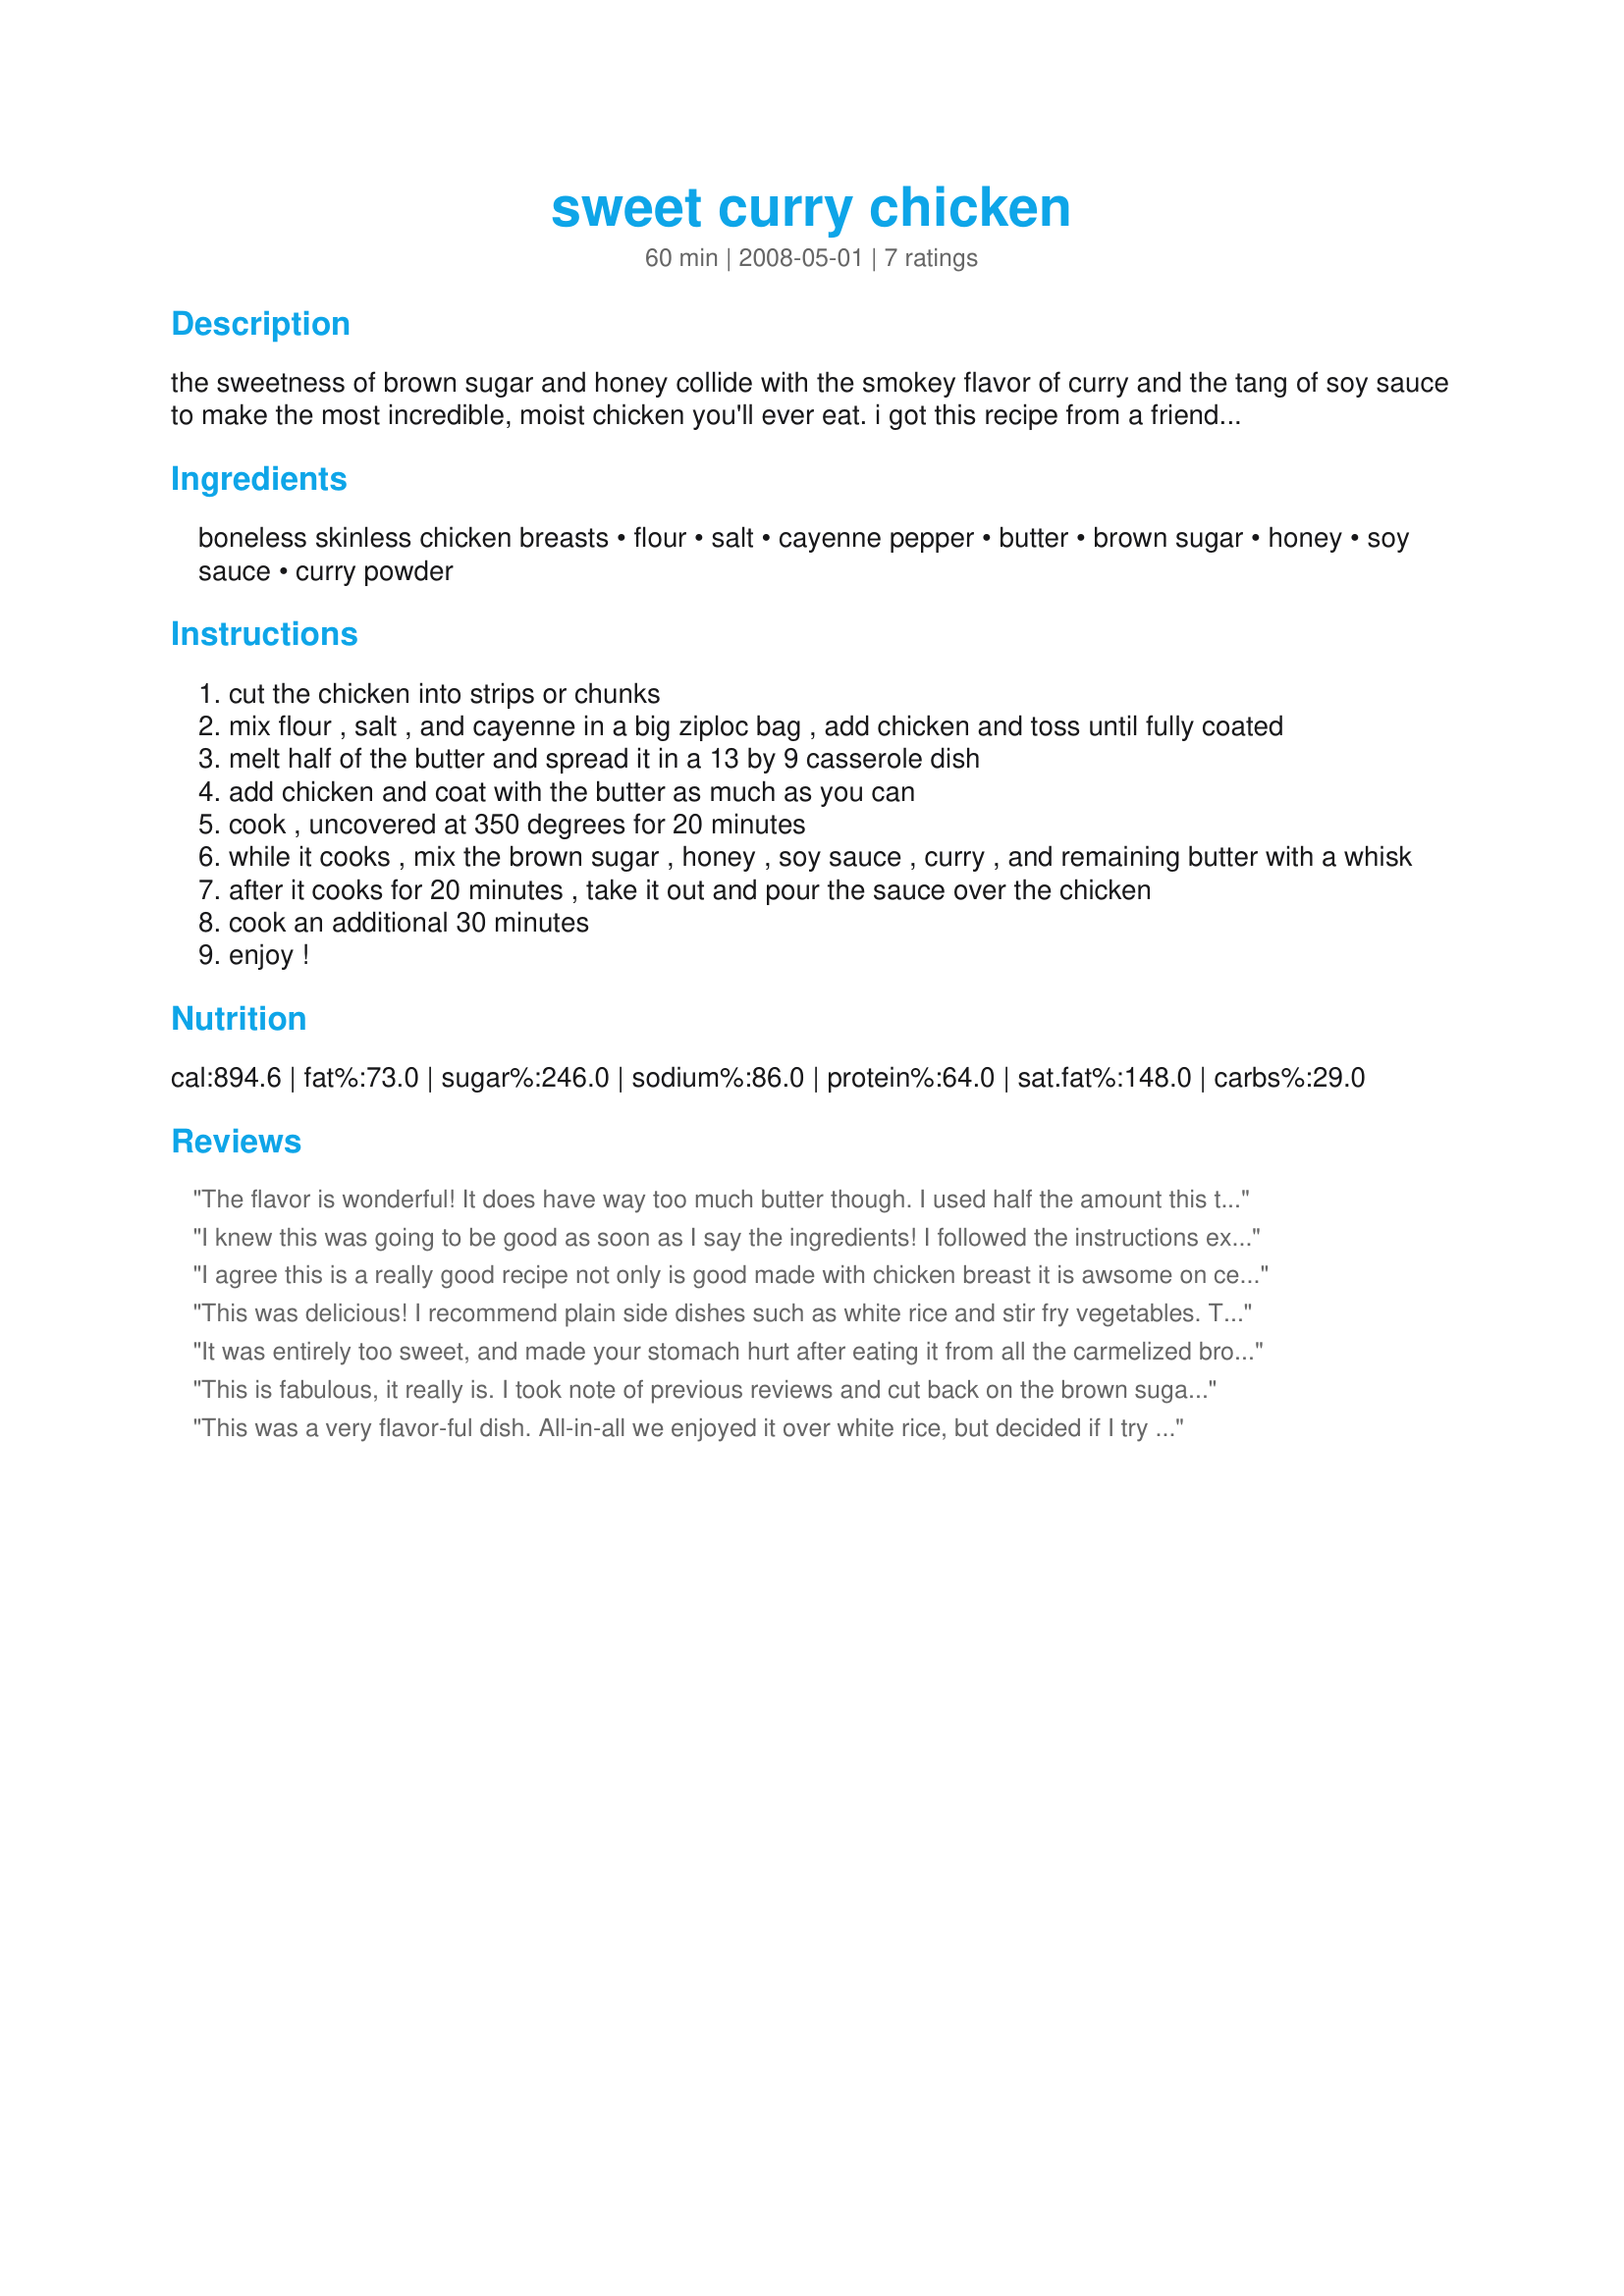
sweet curry chicken
Preparation time: 60 minutes

the sweetness of brown sugar and honey collide with the smokey flavor of curry and the tang of soy sauce to make the most incredible, moist chicken you'll ever eat. i got this recipe from a friend and just recently tried it out on my boyfriend. (with modesty), i'll say it was fantastic! when i made this, i only used two chicken breast but used the same amount of sauce that is called for here. we love sauce, and there was still a little too much. i think this amount of sauce would be great for 4 breasts. also, i'm sure the amount of butter can be adjusted with no real effect on the taste. this is my first posting, so i hope you enjoy!!
o.k. this is an update. it seems as if the mediocre reviews are mostly due to the sweetness. i'll admit, it's very sweet. you can try to make it without the brown sugar, or maybe halving it like another reviewer suggested. (i wouldn't change the honey thought, you need that to get the right sauce consistency.) next time i make it, i will try the same. hope this helps!

Ingredients:
boneless skinless chicken breasts, flour, salt, cayenne pepper, butter, brown sugar, honey, soy sauce, curry powder

Steps:
cut the chicken into strips or chunks
mix flour , salt , and cayenne in a big ziploc bag , add chicken and toss until fully coated
melt half of the butter and spread it in a 13 by 9 casserole dish
add chicken and coat with the butter as much as you can
cook , uncovered at 350 degrees for 20 minutes
while it cooks , mix the brown sugar , honey , soy sauce , curry , and remaining butter with a whisk
after it cooks for 20 minutes , take it out and pour the sauce over the chicken
cook an additional 30 minutes
enjoy !

Reviews:
The flavor is wonderful! It does have way too much butter though. I used half the amount this time, and I believe I'll still cut down on it. I used 1/4 cup brown sugar as other reviewers suggested, and agree you don't need any more, maybe less... I wouldn't cut it out altogether though because it adds great flavor. I'm going to tweak the recipe a few places... but it is a definitely a keeper. Thank you, JennyLynn99!
I knew this was going to be good as soon as I say the ingredients! I followed the instructions exactly and it turned out fabulous. Wife thought it was too sweet but I thought it was a nice balance of spice and sweet. I don't like food that is too spicy and I thought the amount of sugar was just right but next time I might put 1/4 sugar to please her:)
I agree this is a really good recipe not only is good made with chicken breast it is awsome on center cut pork chops I made it for dinner and the family love it I used three nice size center cut pork chops and follow the directions I had some sauce left over which was ok. very good recipe very good!
This was delicious! I recommend plain side dishes such as white rice and stir fry vegetables. The sauce is sweet and flavorful, but it is not too much so. Great recipe!
It was entirely too sweet, and made your stomach hurt after eating it from all the carmelized brown sugar and honey. It would be a great chicken to eat if your drinking lots of beer.
This is fabulous, it really is. I took note of previous reviews and cut back on the brown sugar, I used about 1/4 cup, maybe less, otherwise, according to recipe. The chicken is marvellous, moist and tender, and the sauce is a good blend of sweet and spicy, with very good texture, coating, but ample for the dish.
I served this with couscous, and we all loved it, I will make this again.

Made for PAC Spring 2009
This was a very flavor-ful dish. All-in-all we enjoyed it over white rice, but decided if I try it again (my family agreed) that I should leave out the brown sugar. I know it was aptly named - but it is very sweet. The honey would probably hint at the sweetness enough since the spice is so mild.
Had left-overs the next day for lunch and as the flavors melded - the sweetness pretty much overpowered the spicy flavor of the cayenne and curry.
Some may enjoy this - but seems too sweet as a main dish for our taste.
